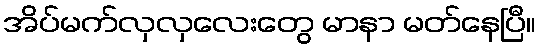
အိပ်မက်လှလှလေးတွေ မာနာ မတ်နေပြီ။